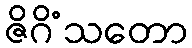
ဇိဂိံသတော